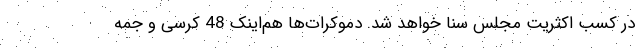
در کسب اکثریت مجلس سنا خواهد شد. دموکرات‌ها هم‌اینک 48 کرسی و جمه